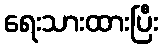
ရေးသားထားပြီး